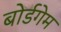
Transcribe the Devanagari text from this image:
बोर्डगेम